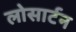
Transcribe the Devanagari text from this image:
लोसार्टन